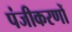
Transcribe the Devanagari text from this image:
पंजीकरणों